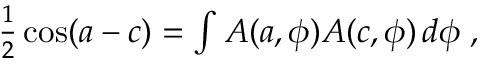
\begin{array} { r } { \frac { 1 } { 2 } \cos ( a - c ) = \int A ( a , \phi ) A ( c , \phi ) \, d \phi \; , } \end{array}